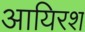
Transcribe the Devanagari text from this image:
आयिरश